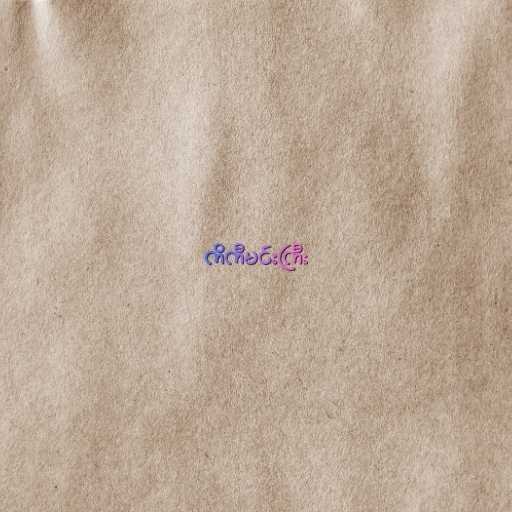
ကိကီမင်းကြီး